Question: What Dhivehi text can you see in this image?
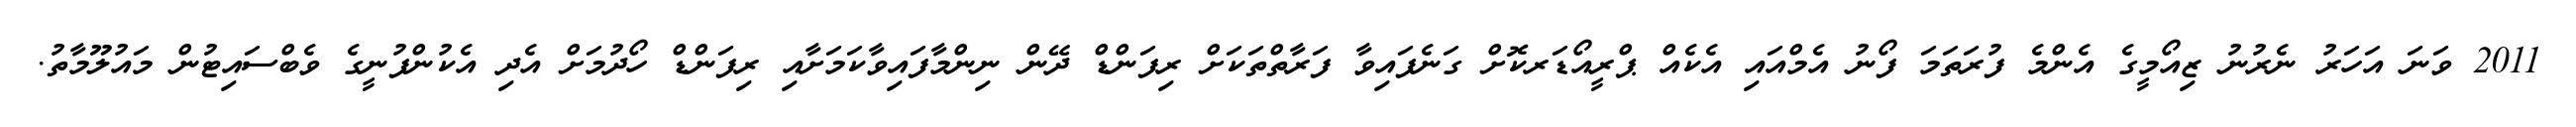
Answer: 2011 ވަނަ އަހަރު ނެރުނު ޒިއޯމީގެ އެންމެ ފުރަތަމަ ފޯނު އެމްއައި އެކެއް ޕްރީއޯޑަރކޮށް ގަނެފައިވާ ފަރާތްތަކަށް ރިފަންޑް ދޭން ނިންމާފައިވާކަމަށާއި ރިފަންޑް ހޯދުމަށް އެދި އެކުންފުނީގެ ވެބްސައިޓުން މައުލޫމާތު.